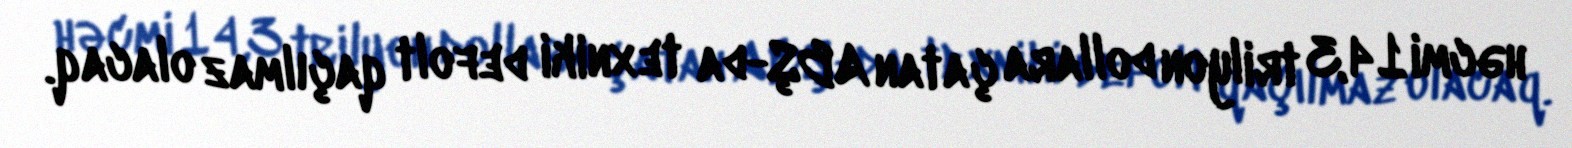
həcmi 14,3 trilyon dollara çatan ABŞ-da texniki defolt qaçılmaz olacaq.